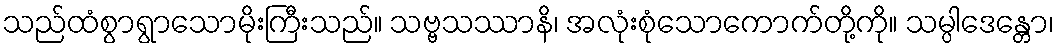
သည်ထံစွာရွာသောမိုးကြီးသည်။ သဗ္ဗသဿာနိ၊ အလုံးစုံသောကောက်တို့ကို။ သမ္ပါဒေန္တော၊